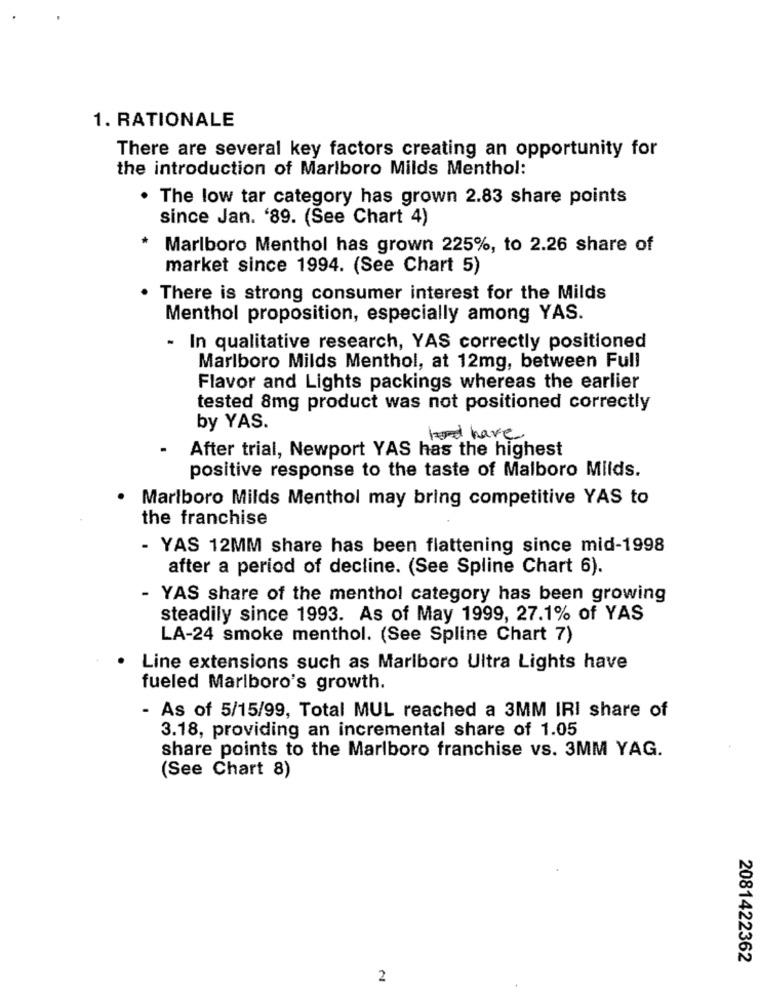
1. RATIONALE
There are several key factors creating an opportunity for
the introduction of Marlboro Milds Menthol:
. The low tar category has grown 2.83 share points
since Jan. '89. (See Chart 4)
Marlboro Menthol has grown 225%, to 2.26 share of
market since 1994. (See Chart 5)
There is strong consumer interest for the Milds
Menthol proposition, especially among YAS.
-
In qualitative research, YAS correctly positioned
Marlboro Milds Menthol, at 12mg, between Full
Flavor and Lights packings whereas the earlier
tested 8mg product was not positioned correctly
by YAS.
had have
After trial, Newport YAS has the highest
positive response to the taste of Malboro Milds.
Marlboro Milds Menthol may bring competitive YAS to
the franchise
- YAS 12MM share has been flattening since mid-1998
after a period of decline. (See Spline Chart 6).
- YAS share of the menthol category has been growing
steadily since 1993. As of May 1999, 27.1% of YAS
LA-24 smoke menthol. (See Spline Chart 7)
Line extensions such as Marlboro Ultra Lights have
fueled Marlboro's growth.
- As of 5/15/99, Total MUL reached a 3MM IRI share of
3.18, providing an incremental share of 1.05
share points to the Marlboro franchise vs. 3MM YAG.
(See Chart 8)
2081422362
2